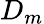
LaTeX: D_{m}